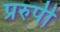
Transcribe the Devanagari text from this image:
प्ररुपी